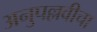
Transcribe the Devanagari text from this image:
अनुपल्लवीचा